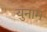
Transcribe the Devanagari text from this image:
युनाम